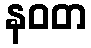
နဝတ